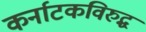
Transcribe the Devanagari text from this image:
कर्नाटकविरुद्ध